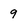
Character: 9